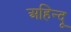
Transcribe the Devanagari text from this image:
अहिन्दू